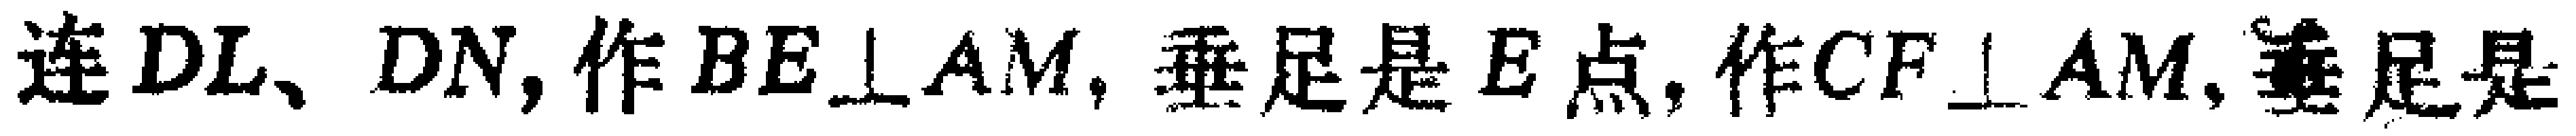
连 \(DL、DN\)，作 \(BE\perp AM\)，垂足是 \(E\) 点，作 \(CF\perp AM\)，垂，足是